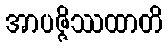
အာပဇ္ဇိဿထာတိ